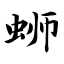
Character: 蛳